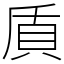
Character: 貭